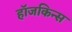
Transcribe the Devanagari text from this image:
हॉजकिन्स